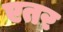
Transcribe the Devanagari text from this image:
एतर